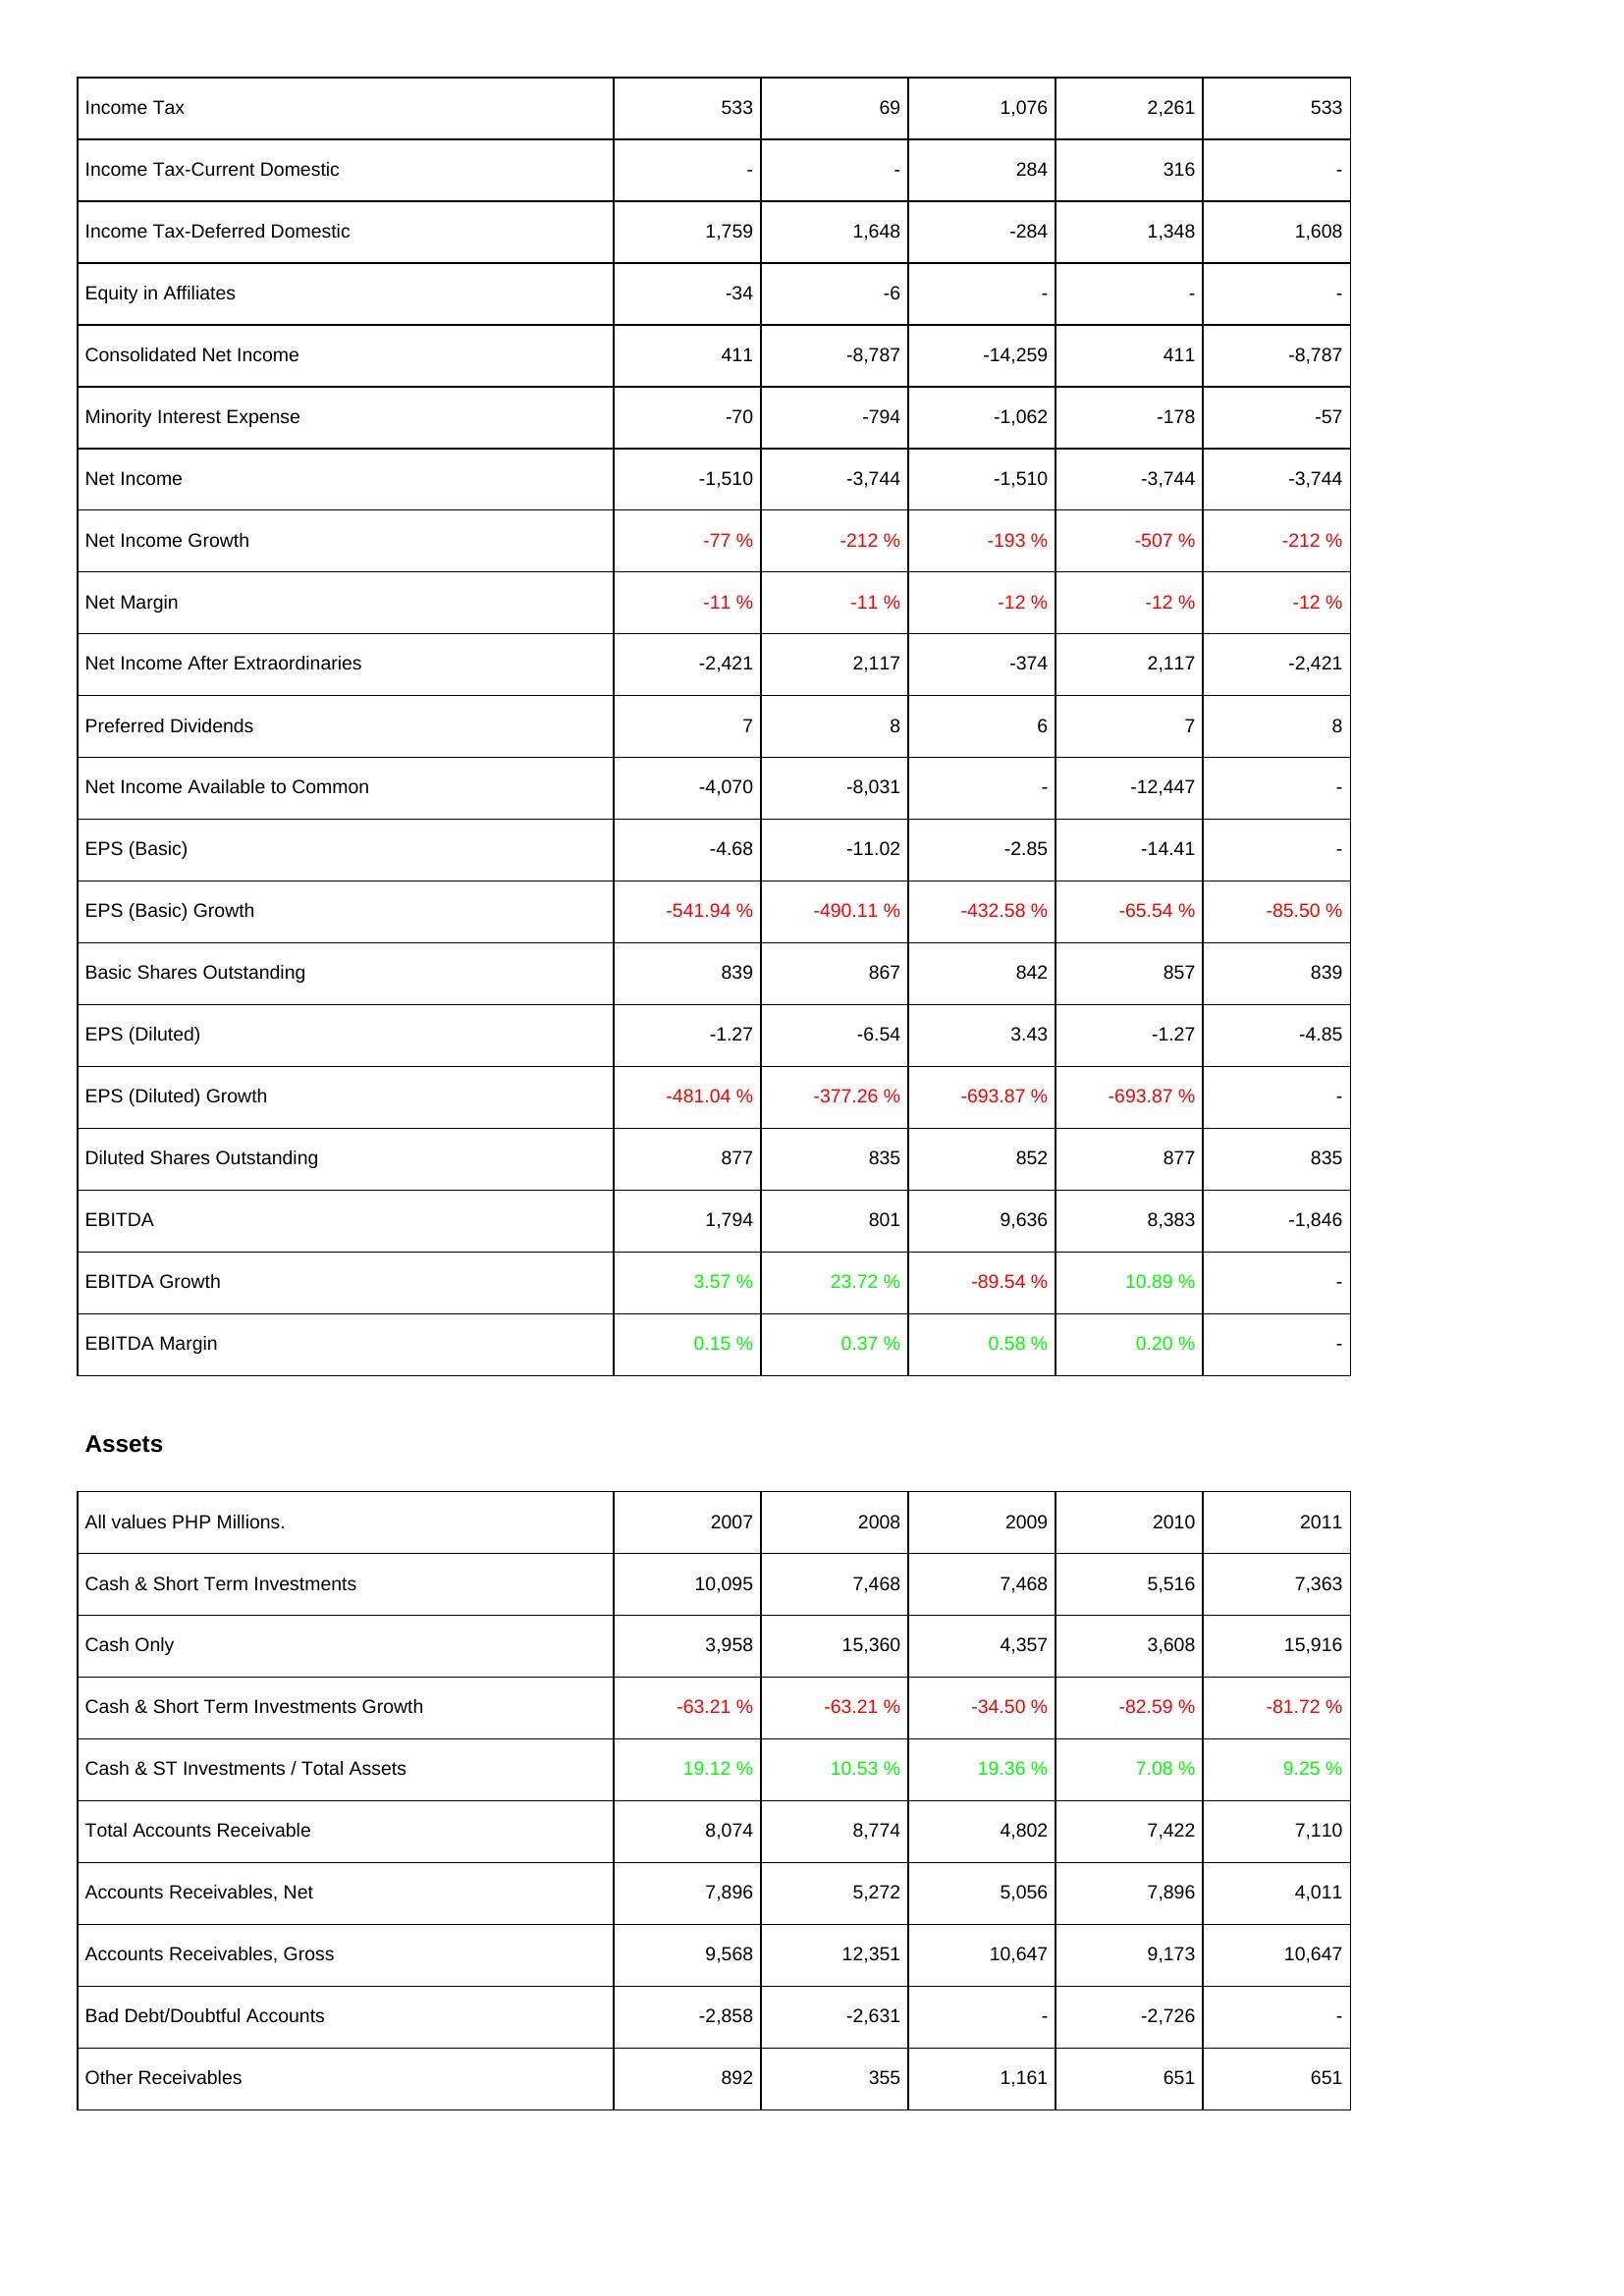
2007: Income Statement: Income Tax: 533
Income Tax-Current Domestic: -
Income Tax-Deferred Domestic: 1,759
Equity in Affiliates: -34
Consolidated Net Income: 411
Minority Interest Expense: -70
Net Income: -1,510
Net Income Growth: -77 %
Net Margin: -11 %
Net Income After Extraordinaries: -2,421
Preferred Dividends: 7
Net Income Available to Common: -4,070
EPS (Basic): -4.68
EPS (Basic) Growth: -541.94 %
Basic Shares Outstanding: 839
EPS (Diluted): -1.27
EPS (Diluted) Growth: -481.04 %
Diluted Shares Outstanding: 877
EBITDA: 1,794
EBITDA Growth: 3.57 %
EBITDA Margin: 0.15 %
Assets: Cash & Short Term Investments: 10,095
Cash Only: 3,958
Cash & Short Term Investments Growth: -63.21 %
Cash & ST Investments / Total Assets: 19.12 %
Total Accounts Receivable: 8,074
Accounts Receivables, Net: 7,896
Accounts Receivables, Gross: 9,568
Bad Debt/Doubtful Accounts: -2,858
Other Receivables: 892
2008: Income Statement: Income Tax: 69
Income Tax-Current Domestic: -
Income Tax-Deferred Domestic: 1,648
Equity in Affiliates: -6
Consolidated Net Income: -8,787
Minority Interest Expense: -794
Net Income: -3,744
Net Income Growth: -212 %
Net Margin: -11 %
Net Income After Extraordinaries: 2,117
Preferred Dividends: 8
Net Income Available to Common: -8,031
EPS (Basic): -11.02
EPS (Basic) Growth: -490.11 %
Basic Shares Outstanding: 867
EPS (Diluted): -6.54
EPS (Diluted) Growth: -377.26 %
Diluted Shares Outstanding: 835
EBITDA: 801
EBITDA Growth: 23.72 %
EBITDA Margin: 0.37 %
Assets: Cash & Short Term Investments: 7,468
Cash Only: 15,360
Cash & Short Term Investments Growth: -63.21 %
Cash & ST Investments / Total Assets: 10.53 %
Total Accounts Receivable: 8,774
Accounts Receivables, Net: 5,272
Accounts Receivables, Gross: 12,351
Bad Debt/Doubtful Accounts: -2,631
Other Receivables: 355
2009: Income Statement: Income Tax: 1,076
Income Tax-Current Domestic: 284
Income Tax-Deferred Domestic: -284
Equity in Affiliates: -
Consolidated Net Income: -14,259
Minority Interest Expense: -1,062
Net Income: -1,510
Net Income Growth: -193 %
Net Margin: -12 %
Net Income After Extraordinaries: -374
Preferred Dividends: 6
Net Income Available to Common: -
EPS (Basic): -2.85
EPS (Basic) Growth: -432.58 %
Basic Shares Outstanding: 842
EPS (Diluted): 3.43
EPS (Diluted) Growth: -693.87 %
Diluted Shares Outstanding: 852
EBITDA: 9,636
EBITDA Growth: -89.54 %
EBITDA Margin: 0.58 %
Assets: Cash & Short Term Investments: 7,468
Cash Only: 4,357
Cash & Short Term Investments Growth: -34.50 %
Cash & ST Investments / Total Assets: 19.36 %
Total Accounts Receivable: 4,802
Accounts Receivables, Net: 5,056
Accounts Receivables, Gross: 10,647
Bad Debt/Doubtful Accounts: -
Other Receivables: 1,161
2010: Income Statement: Income Tax: 2,261
Income Tax-Current Domestic: 316
Income Tax-Deferred Domestic: 1,348
Equity in Affiliates: -
Consolidated Net Income: 411
Minority Interest Expense: -178
Net Income: -3,744
Net Income Growth: -507 %
Net Margin: -12 %
Net Income After Extraordinaries: 2,117
Preferred Dividends: 7
Net Income Available to Common: -12,447
EPS (Basic): -14.41
EPS (Basic) Growth: -65.54 %
Basic Shares Outstanding: 857
EPS (Diluted): -1.27
EPS (Diluted) Growth: -693.87 %
Diluted Shares Outstanding: 877
EBITDA: 8,383
EBITDA Growth: 10.89 %
EBITDA Margin: 0.20 %
Assets: Cash & Short Term Investments: 5,516
Cash Only: 3,608
Cash & Short Term Investments Growth: -82.59 %
Cash & ST Investments / Total Assets: 7.08 %
Total Accounts Receivable: 7,422
Accounts Receivables, Net: 7,896
Accounts Receivables, Gross: 9,173
Bad Debt/Doubtful Accounts: -2,726
Other Receivables: 651
2011: Income Statement: Income Tax: 533
Income Tax-Current Domestic: -
Income Tax-Deferred Domestic: 1,608
Equity in Affiliates: -
Consolidated Net Income: -8,787
Minority Interest Expense: -57
Net Income: -3,744
Net Income Growth: -212 %
Net Margin: -12 %
Net Income After Extraordinaries: -2,421
Preferred Dividends: 8
Net Income Available to Common: -
EPS (Basic): -
EPS (Basic) Growth: -85.50 %
Basic Shares Outstanding: 839
EPS (Diluted): -4.85
EPS (Diluted) Growth: -
Diluted Shares Outstanding: 835
EBITDA: -1,846
EBITDA Growth: -
EBITDA Margin: -
Assets: Cash & Short Term Investments: 7,363
Cash Only: 15,916
Cash & Short Term Investments Growth: -81.72 %
Cash & ST Investments / Total Assets: 9.25 %
Total Accounts Receivable: 7,110
Accounts Receivables, Net: 4,011
Accounts Receivables, Gross: 10,647
Bad Debt/Doubtful Accounts: -
Other Receivables: 651